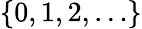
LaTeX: \{ 0,1,2,\ldots\}